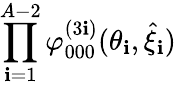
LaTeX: \prod_{\mathbf{i}=1}^{A-2}\varphi_{000}^{(3\mathbf{i})}(\theta_{\mathbf{i}},\hat{{\xi}}_{\mathbf{i}})